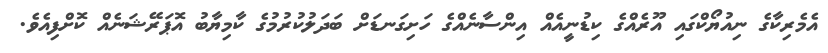
އެމެރިކާގެ ނިއުޔޯކްގައި އޫރެއްގެ ކިޑުނީއެއް އިންސާނެއްގެ ހަށިގަނޑަށް ބަދަލުކުރުމުގެ ކާމިޔާބު އޮޕަރޭޝަނެއް ކޮށްފިއެވެ.